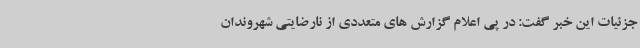
جزئیات این خبر گفت: در پی اعلام گزارش های متعددی از نارضایتی شهروندان